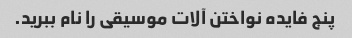
پنج فایده نواختن آلات موسیقی را نام ببرید.